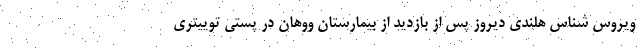
ویروس شناس هلندی دیروز پس از بازدید از بیمارستان ووهان در پستی توییتری